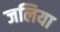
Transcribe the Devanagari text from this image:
जलिया